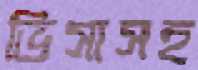
ভিসাসহ